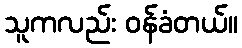
သူကလည်း ဝန်ခံတယ်။